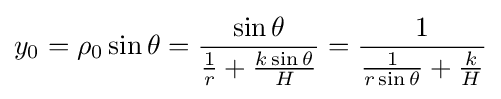
y_{0}=\rho _{0}\sin \theta ={\sin \theta  \over {1 \over r}+{k\sin \theta  \over H}}={1 \over {1 \over r\sin \theta }+{k \over H}}